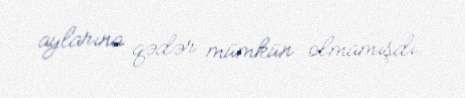
aylarına qədər mümkün olmamışdı.